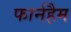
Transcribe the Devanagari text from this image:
फार्नहैम